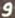
و